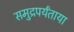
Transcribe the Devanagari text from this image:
समुद्रपर्यंताया